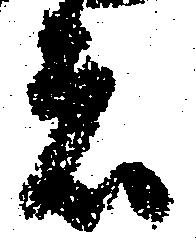
は